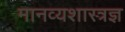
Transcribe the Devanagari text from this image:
मानव्यशास्त्रज्ञ